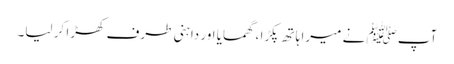
آپﷺ نے میرا ہاتھ پکڑا ، گھمایا اور داہنی طرف کھڑا کر لیا۔